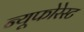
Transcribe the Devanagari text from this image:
न्यूफोरेस्ट